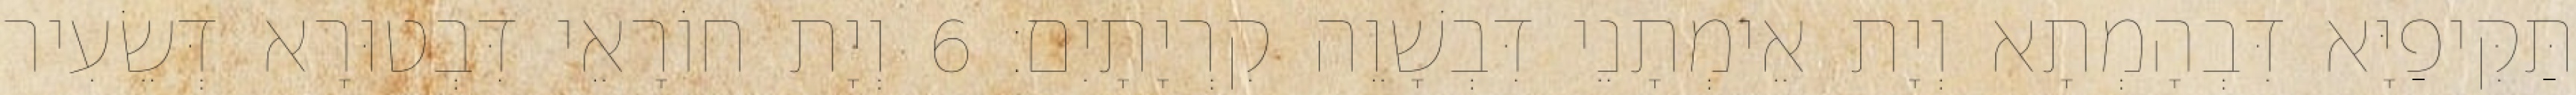
תַּקִּיפַיָּא דִּבְהָמְתָא וְיָת אֵימְתָנֵי דִּבְשָׁוֵה קִרְיָתָיִם׃ 6 וְיָת חוֹרָאֵי דִּבְטוּרָא דְּשֵׂעִיר